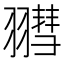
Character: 𦒄